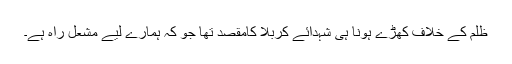
ظلم کے خلاف کھڑے ہونا ہی شہدائے کربلا کامقصد تھا جو کہ ہمارے لیے مشعل راہ ہے۔